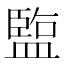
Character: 𬐱